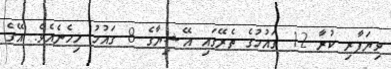
ވިޔަފާރި ކުރާ 12 ގައުމުގެ ތެރޭގައި އޭޝިޔާގެ 8 ގައުމު ހިމެނެއެވެ. އޭގެ